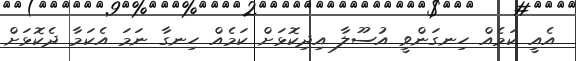
އެއީ ކަމެއް ހިނގަންވީ އުސޫލާ އިދިކޮޅަށް ކަމެއް ހިނގާ ނަމަ އެކަމާ ދެކޮޅަށް